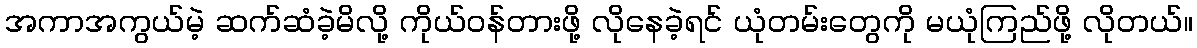
အကာအကွယ်မဲ့ ဆက်ဆံခဲ့မိလို့ ကိုယ်ဝန်တားဖို့ လိုနေခဲ့ရင် ယုံတမ်းတွေကို မယုံကြည်ဖို့ လိုတယ်။